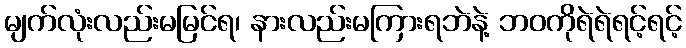
မျက်လုံးလည်းမမြင်ရ၊ နားလည်းမကြားရဘဲနဲ့ ဘဝကိုရဲရဲရင့်ရင့်